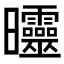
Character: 𣌟